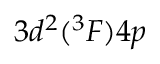
3 d ^ { 2 } ( ^ { 3 } F ) 4 p